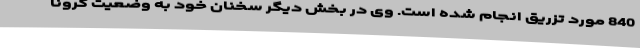
840 مورد تزریق انجام شده است. وی در بخش دیگر سخنان خود به وضعیت کرونا